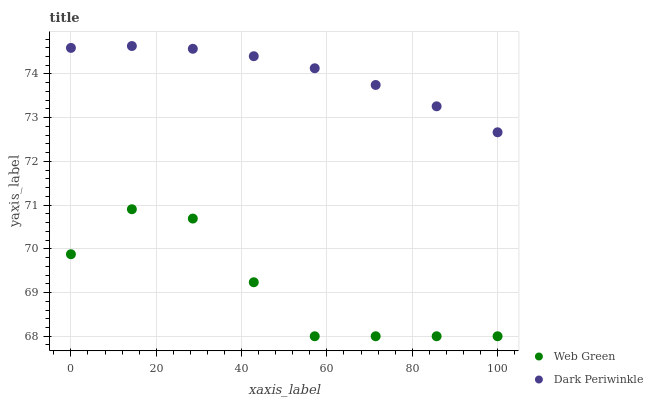
| xaxis_label | Web Green | Dark Periwinkle |
 | --- | --- | --- |
 | 0 | 69.9 | 74.6 |
 | 14.3 | 70.9 | 74.6 |
 | 28.6 | 70.7 | 74.6 |
 | 42.9 | 69.2 | 74.4 |
 | 57.1 | 68 | 74.1 |
 | 71.4 | 68 | 73.7 |
 | 85.7 | 68 | 73.3 |
 | 100 | 68 | 72.7 |